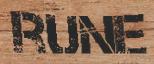
RUNE